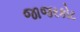
જાજરકોટ